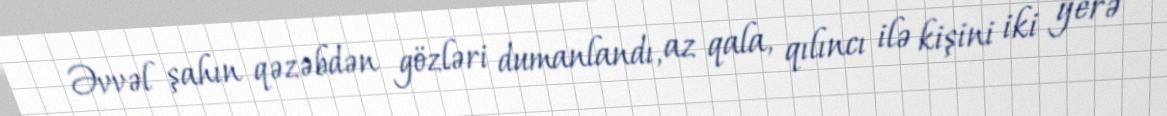
Əvvəl şahın qəzəbdən gözləri dumanlandı, az qala, qılıncı ilə kişini iki yerə